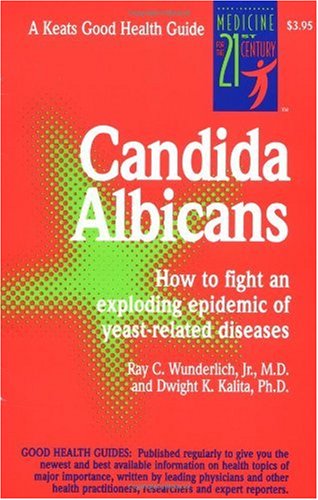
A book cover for Candida Albicans: How to Fight an Exploding Epidemic of Yeast-Related Diseases (Good Health Guides Series); Jr. Ray C. Wunderlich; Health, Fitness & Dieting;